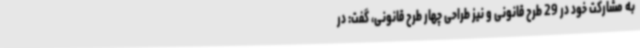
به مشارکت خود در 29 طرح قانونی و نیز طراحی چهار طرح قانونی، گفت: در